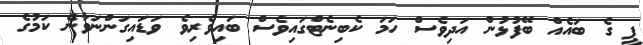
ޕީ ގެ ބައެއް ބޭފުޅުން އަދިވެސް ހަމަ ކެބިނެޓްގައިވެސް ބައިވެރިވެ ވަޑައިގަންނަވާނެ ކަމުގެ